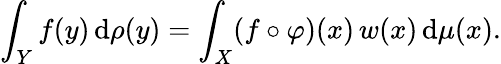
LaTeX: \int_{Y}f(y)\, \mathrm{d}\rho(y)=\int_{X}(f\circ\varphi)(x)\, w(x)\, \mathrm{d}\mu(x).